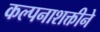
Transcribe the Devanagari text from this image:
कल्पनाशक्तीने